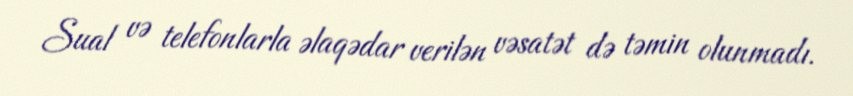
Sual və telefonlarla əlaqədar verilən vəsatət də təmin olunmadı.